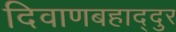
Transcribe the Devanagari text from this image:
दिवाणबहाद्दुर